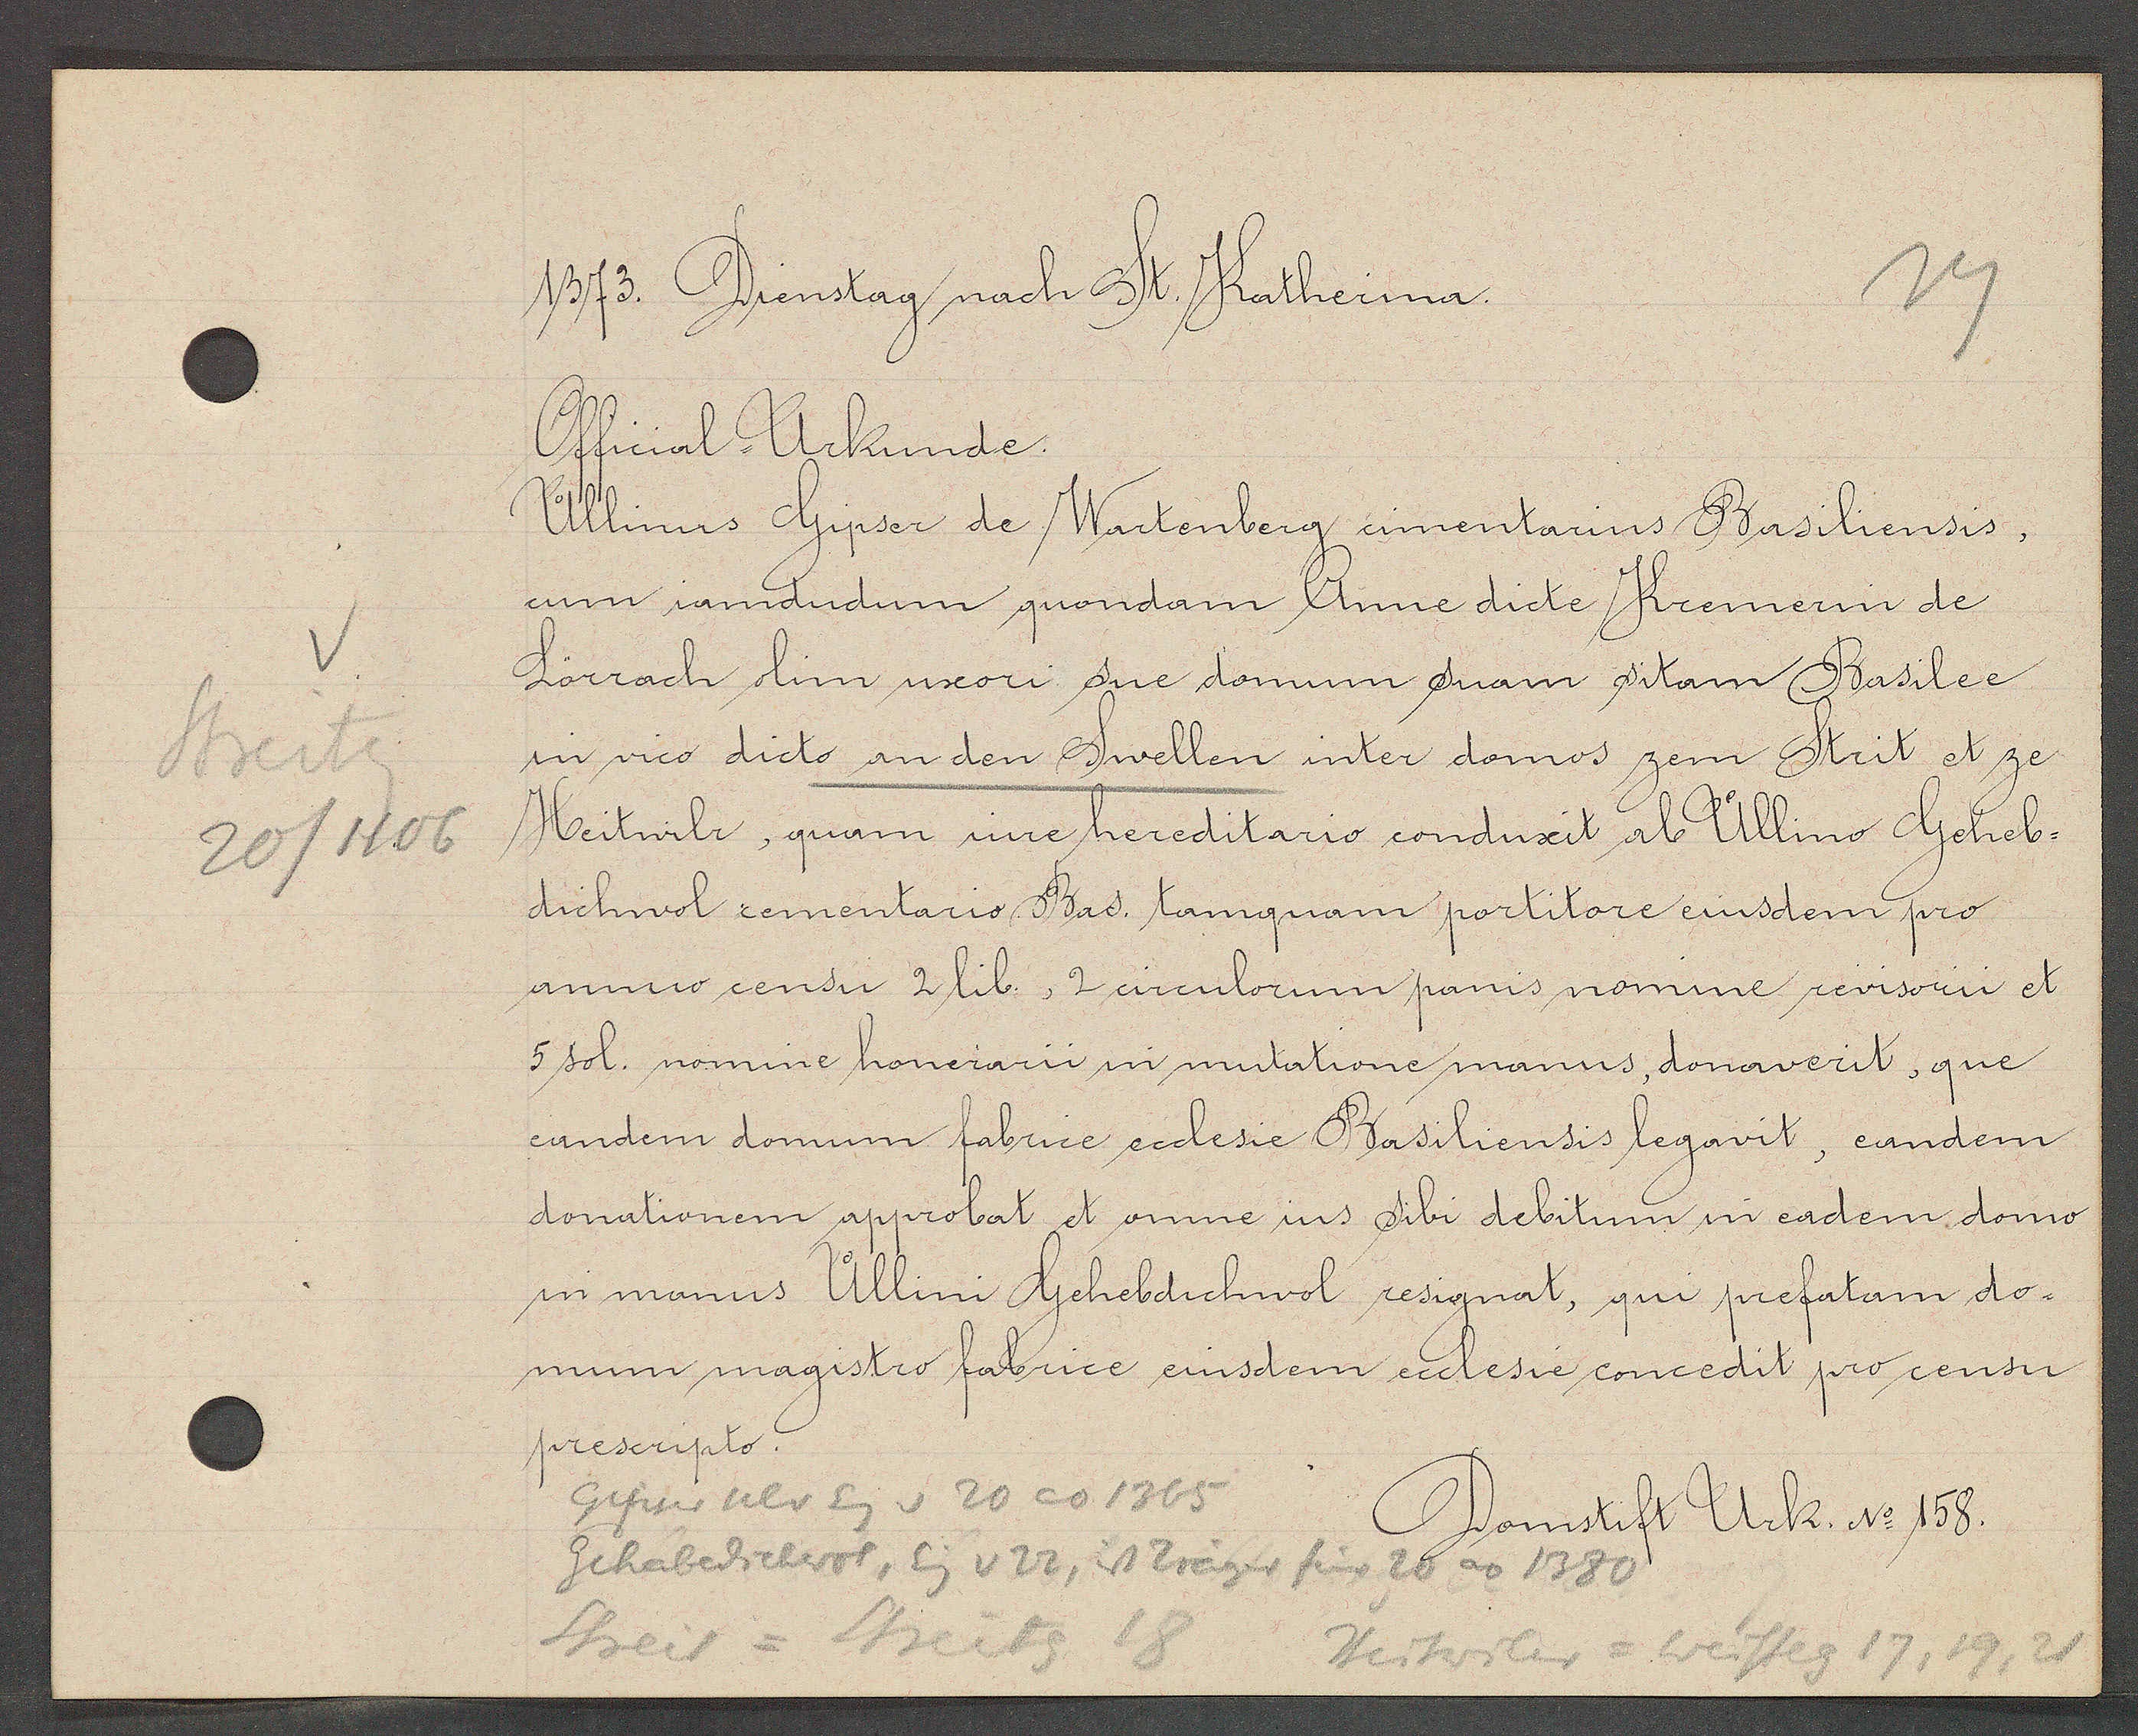
Transcript:
1373. Dienstag nach St. Katherina.
Official-Urkunde.
Ullinus Gyser de Wartenberg, cimentarius Basiliensis,
cum iandudum quondam Anne diete Kremerin de

Lörrach olim uxori sue domum suam sitam Basilee
in vico dicto an den Swellen inter domos zem Strit et ze
Streitg
Heitwilr, quam une hereditario conduxit ab Ullino Geheb-
20/1106
dichwol cementario Bas. tanquam portitore eiusdem pro
anno censu 2 lib, 2 circulorum panis nomine revisorii et
5 sol. nomine honerarii in mutatione manus, donaverit, que

candem domum fabrice ecclesie Basiliensis legavit, eandem
donationem approbat et omne ius sibi debitum in eadem domo
in manus Ullini Gehebdichwol resignat, qui prefatam do¬
mum magistro fabrice eiusdem ecclesie concedit pro censu
presceipto.
Gisin ulr Eig v 20 ao 1365
Domstift Urk. No 158.
Gehabdichwol, Eig v 22, ist Träger für 20 ao 1380
Thesil = Streitg 18
Heitwiler = Weisseg 17, 19, 21